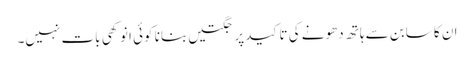
ان کا سابن سے ہاتھ دھونے کی تاکید پر جگتیں بنانا کوئی انوکھی بات نہیں۔